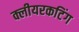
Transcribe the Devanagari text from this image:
क्लीयरकटिंग